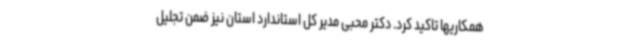
همکاریها تاکید کرد. دکتر محبی مدیر کل استاندارد استان نیز ضمن تجلیل